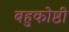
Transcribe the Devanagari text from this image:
बहुकोष्ठी